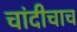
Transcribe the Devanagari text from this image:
चांदीचाच